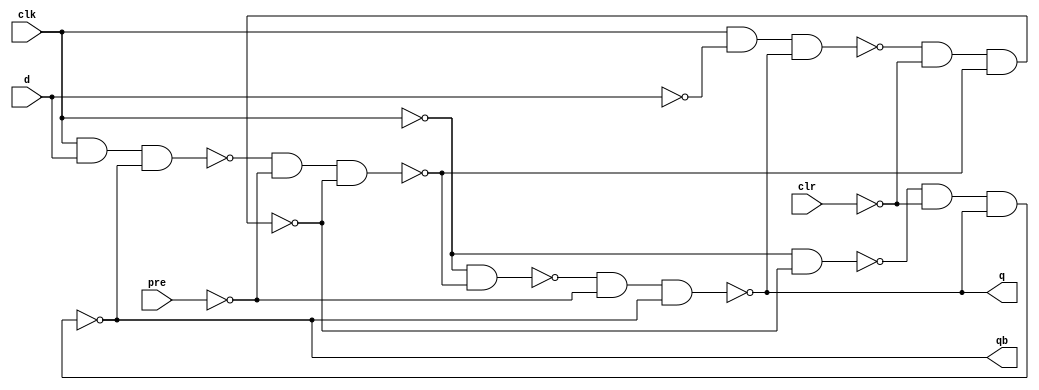
module DFF( input clk,d,pre,clr,//active high preset and clear
           output q,qb);
wire w1,w2,w3,w4,w5,w6;
nand n1(w1,clk,d,qb);
nand n2(w2,clk,~d,q);
nand n3(w3,w1,~pre,w4);
nand n4(w4,w2,~clr,w3);
nand n5(w5,~clk,w3);
nand n6(w6,~clk,w4);
nand n7(q,w5,~pre,qb);
nand n8(qb,w6,~clr,q);
endmodule